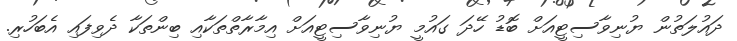
ދައުލަތުން ޔުނިވާސިޓީއަށް ބޮޑު ހޭދަ ގައުމީ ޔުނިވާސިޓީއަށް އިމާރާތްތަކާއި ބިންތަކާ ދެވިފައި އެބަހުރި.